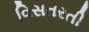
વિસતરતી